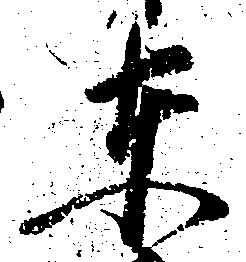
東